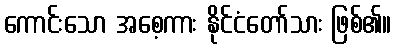
ကောင်းသော အစေ့ကား နိုင်ငံတော်သား ဖြစ်၏။